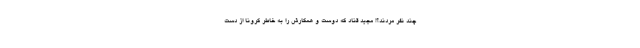
چند نفر مردند؟! مجید قناد که دوست و همکارش را به خاطر کرونا از دست